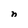
Character: n